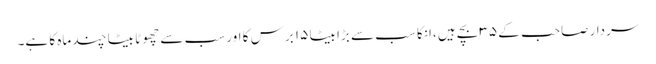
سردار صاحب کے ۳۵ بچے ہیں ،انکا سب سے بڑا بیٹا ۱۵ برس کا اور سب سے چھوٹا بیٹا چند ماہ کا ہے۔